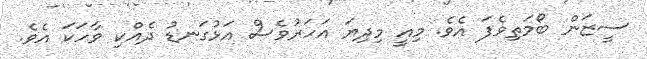
ސީޒަން ބޯމަތިވެފަ އެވެ. މިއީ މިދިޔަ އަހަރުވެސް އަޅުގަނޑު ދެއްކި ވާހަކަ އެވެ.